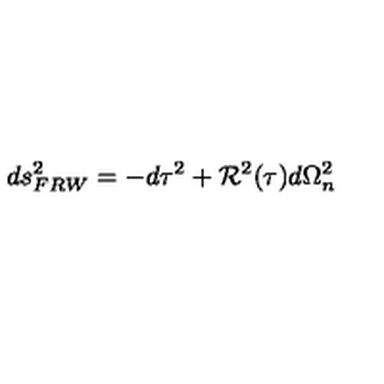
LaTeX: d s _ { F R W } ^ { 2 } = - d \tau ^ { 2 } + { \cal R } ^ { 2 } ( \tau ) d \Omega _ { n } ^ { 2 }